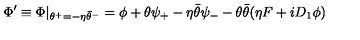
\Phi ^ { \prime } \equiv \Phi | _ { \theta ^ { + } = - \eta \bar { \theta } ^ { - } } = \phi + \theta \psi _ { + } - \eta \bar { \theta } \psi _ { - } - \theta \bar { \theta } ( \eta F + i D _ { 1 } \phi )